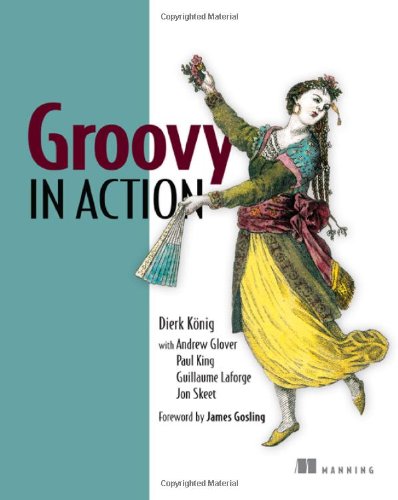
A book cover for Groovy in Action; Dierk Koenig; Computers & Technology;